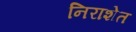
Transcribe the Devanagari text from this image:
निराशेत